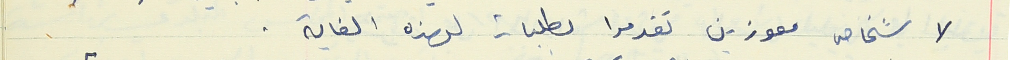
لا شخاص معوزين تقدموا بطلبات لهذه الغاية .